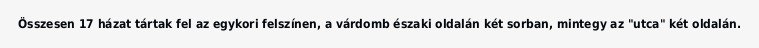
Összesen 17 házat tártak fel az egykori felszínen, a várdomb északi oldalán két sorban, mintegy az "utca" két oldalán.